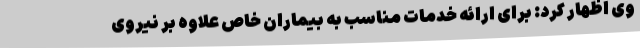
وی اظهار کرد: برای ارائه خدمات مناسب به بیماران خاص علاوه بر نیروی